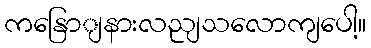
ကနြောျနားလညျသလောကျပေါ့။